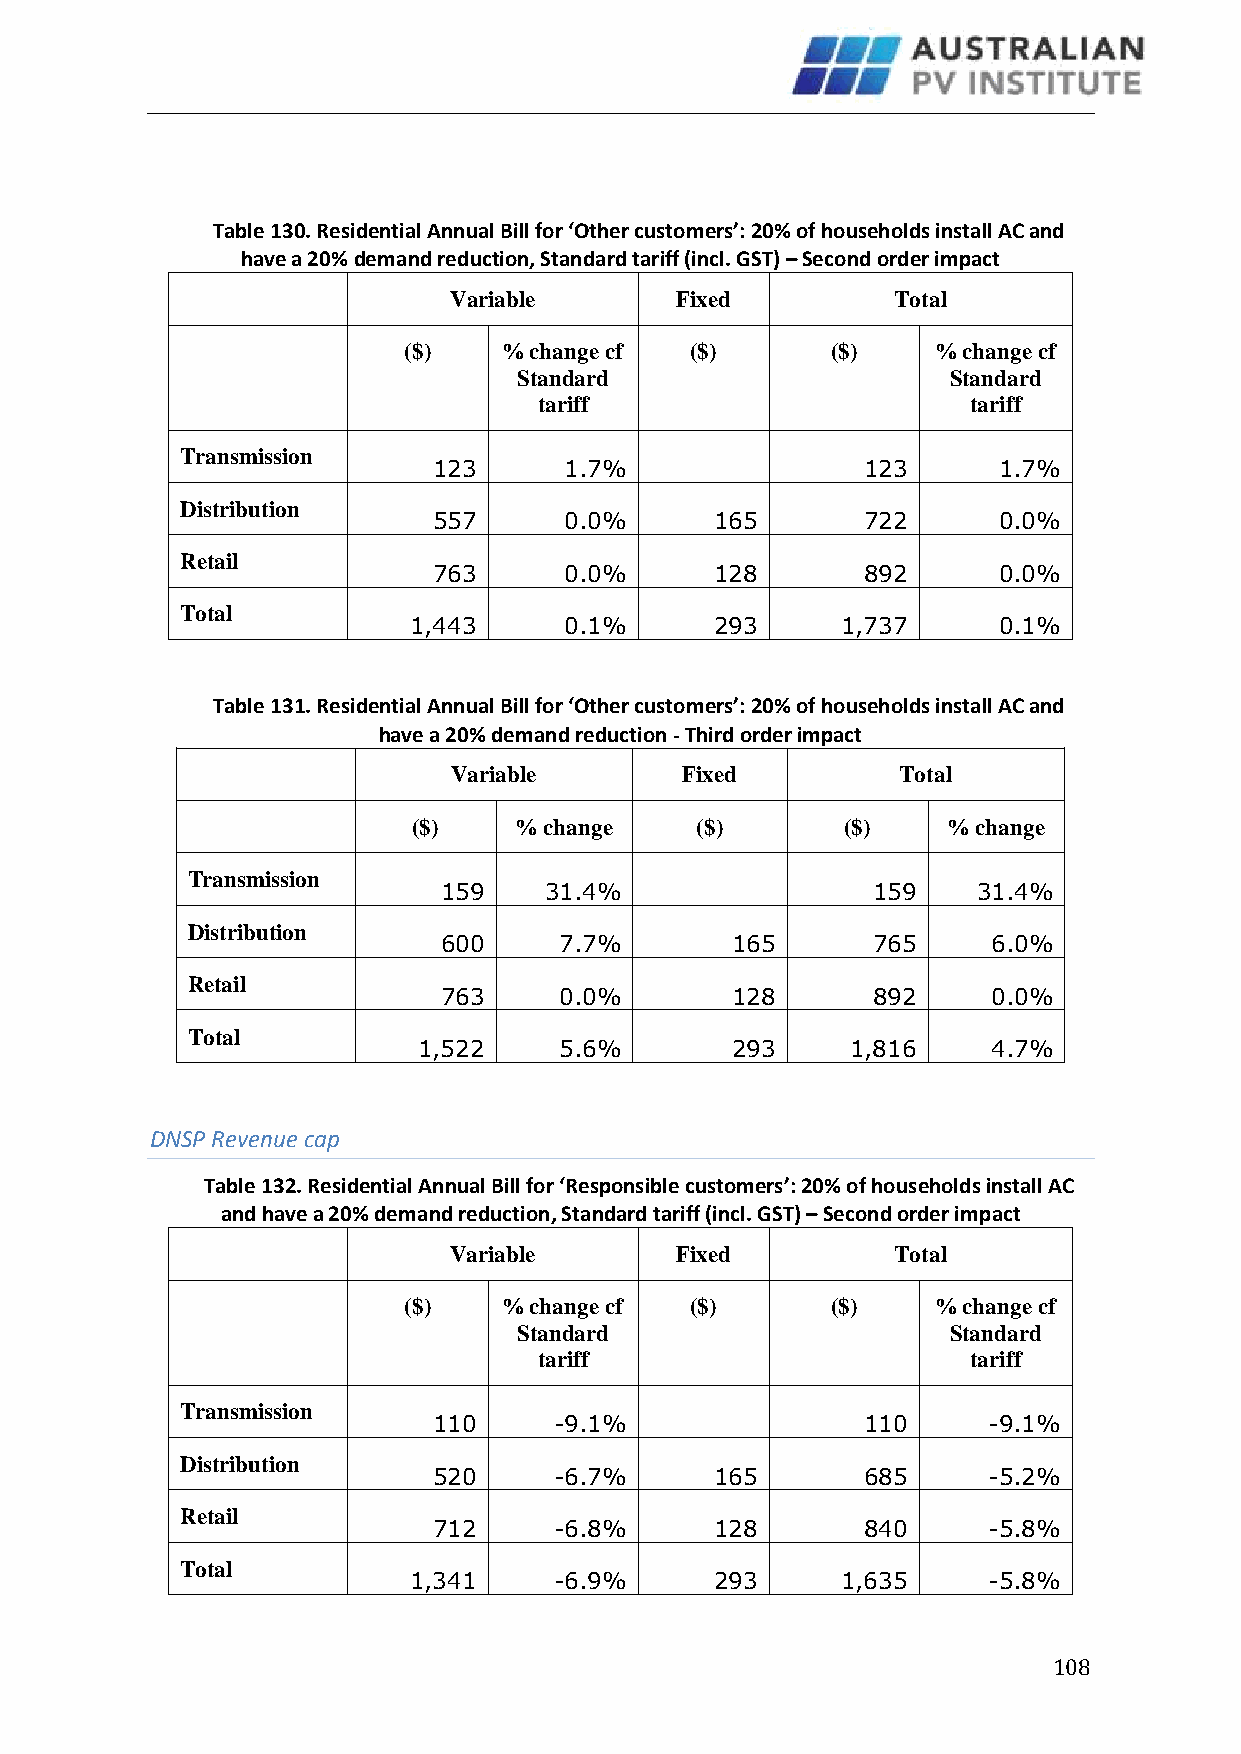
Table 130. Residential Annual Bill for ‘Other customers’: 20% of households install AC and
 have a 20% demand reduction, Standard tariff (incl. GST) – Second order impact
 Variable       Fixed         Total
 ($)   % change cf  ($)      ($)    % change cf
 Standard                     Standard
 tariff                      tariff
 Transmission
 123     1.7%                123      1.7%
 Distribution
 557     0.0%      165       722      0.0%
 Retail
 763     0.0%      128       892      0.0%
 Total
 1,443     0.1%      293      1,737     0.1%
 Table 131. Residential Annual Bill for ‘Other customers’: 20% of households install AC and
 have a 20% demand reduction - Third order impact
 Variable       Fixed          Total
 ($)    % change    ($)       ($)    % change
 Transmission
 159    31.4%                 159    31.4%
 Distribution
 600     7.7%       165       765     6.0%
 Retail
 763     0.0%       128       892     0.0%
 Total
 1,522    5.6%       293     1,816     4.7%
 DNSP Revenue cap
 Table 132. Residential Annual Bill for ‘Responsible customers’: 20% of households install AC
 and have a 20% demand reduction, Standard tariff (incl. GST) – Second order impact
 Variable       Fixed         Total
 ($)   % change cf  ($)      ($)    % change cf
 Standard                     Standard
 tariff                      tariff
 Transmission
 110     -9.1%               110     -9.1%
 Distribution
 520     -6.7%     165       685     -5.2%
 Retail
 712     -6.8%     128       840     -5.8%
 Total
 1,341     -6.9%     293      1,635    -5.8%
 108